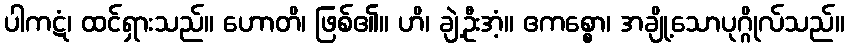
ပါကဋံ၊ ထင်ရှားသည်။ ဟောတိ၊ ဖြစ်၏။ ဟိ၊ ချဲ့ဦးအံ့။ ဧကစ္စော၊ အချို့သောပုဂ္ဂိုလ်သည်။